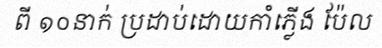
ពី ១០នាក់ ប្រដាប់ដោយកាំភ្លើង ប៉ែល